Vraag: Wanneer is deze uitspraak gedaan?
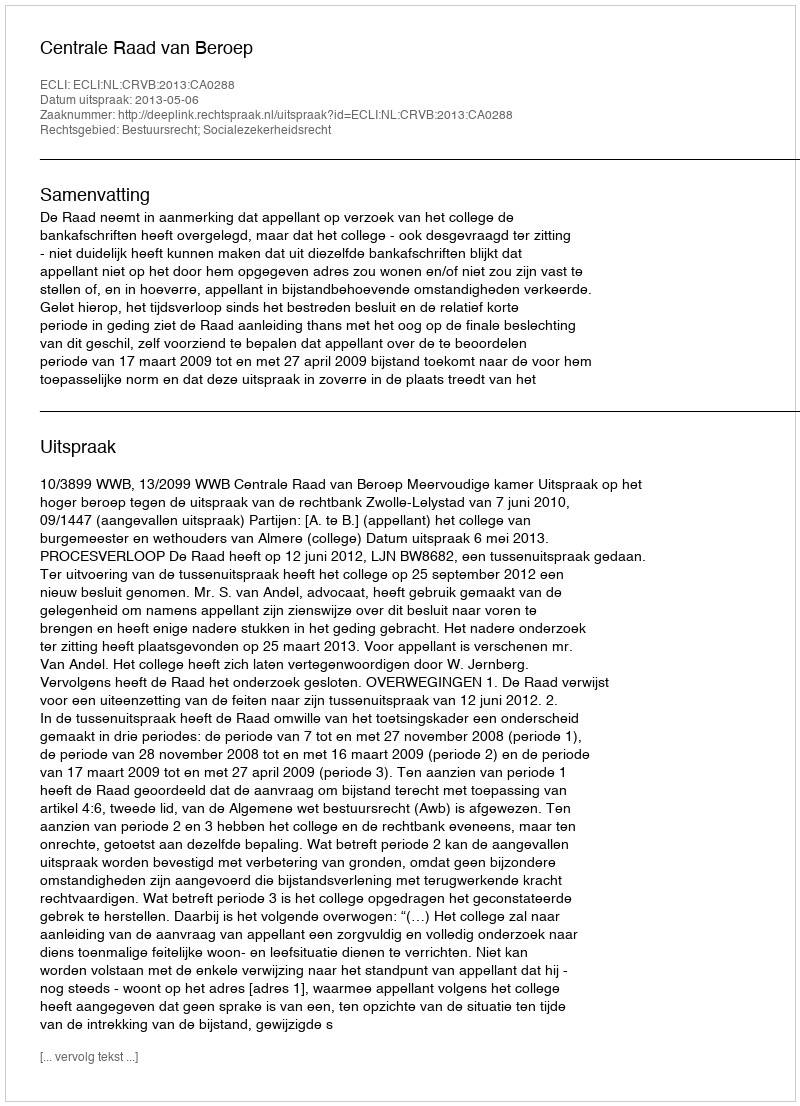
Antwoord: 2013-05-06